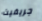
جريفيث